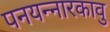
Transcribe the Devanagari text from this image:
पनयन्नारकावु